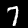
Digit: 7